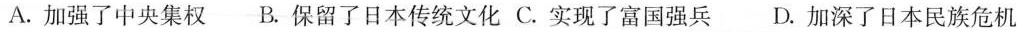
A.加强了中央集权 B.保留了日本传统文化 C.实现了富国强兵 D.加深了日本民族危机